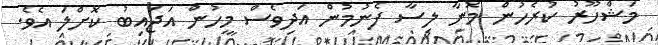
މަޝްހޫރު ކުރެހުން މޮނާ ލިސާ ފެނުމުން އަދިވެސް މީހުން އަޖައިބު ކޮށްލަ އެވެ.